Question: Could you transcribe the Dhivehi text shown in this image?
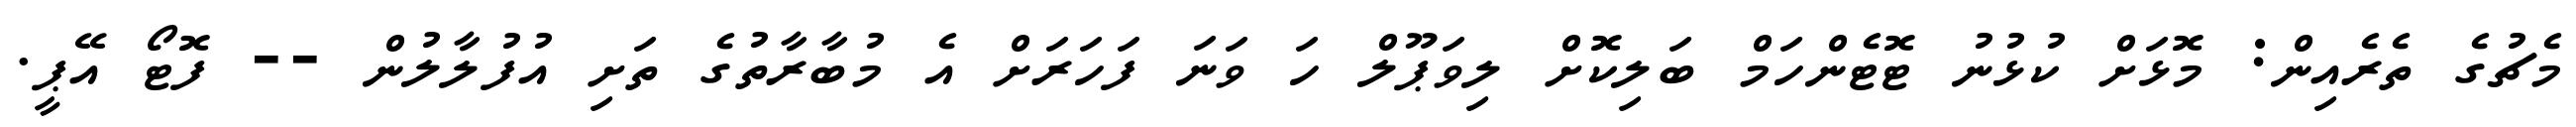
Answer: މެޗުގެ ތެރެއިން: މޮޅަށް ކުޅުނު ޓޮޓެންހަމް ބަލިކޮށް ލިވަޕޫލް ހަ ވަނަ ފަހަރަށް އެ މުބާރާތުގެ ތަށި އުފުލާލުން -- ފޮޓޯ އޭޕީ.